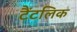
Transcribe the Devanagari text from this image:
टैंटलिक